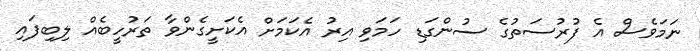
ނަމަވެސް އެ ފުރުސަތުގެ ސުންގަޑި ހަމަވި އިރު އެކަމަށް އެކަށީގެންވާ ތަރުހީބެއް ލިބިފައި